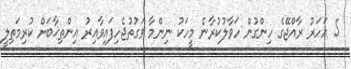
5 އަހަރު ރާއްޖޭގެ ހިންގުން ހަވާލުކުރާނެ މީހަކު ނިންމާ ވަގުތުޖެހިފައިވާއިރު އިންތިޚާބަށް ކުރިމަތިލީ